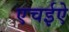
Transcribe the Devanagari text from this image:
एचईऐ